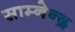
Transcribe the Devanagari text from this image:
साम्नेन्द्र